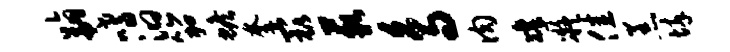
以翩嗜汩笳蟾奎最藐鸟肉凛凝佳恙悴